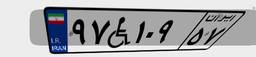
۹۷W۱۰۹۵۷